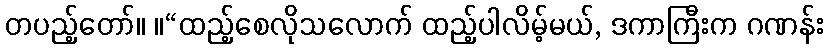
တပည့်တော်။ ။“ထည့်စေလိုသလောက် ထည့်ပါလိမ့်မယ်, ဒကာကြီးက ဂဏန်း